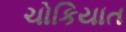
ચોકિયાત